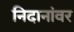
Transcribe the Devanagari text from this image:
निदानांवर